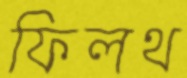
ফিলথ